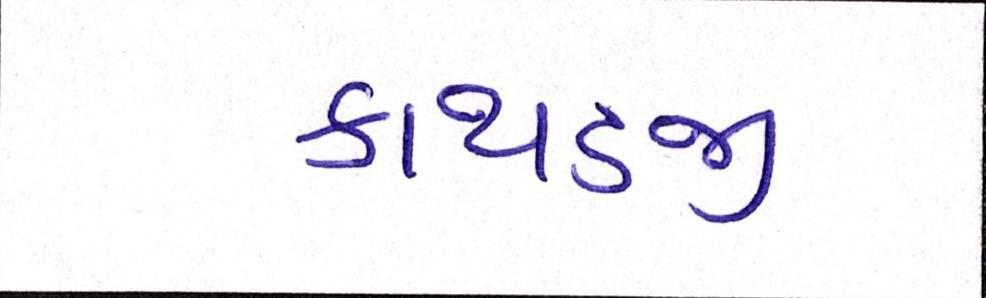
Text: કાથડજી